Lunatic asylums Punjab 1868-1880 - 1868-1880
Year: 1868
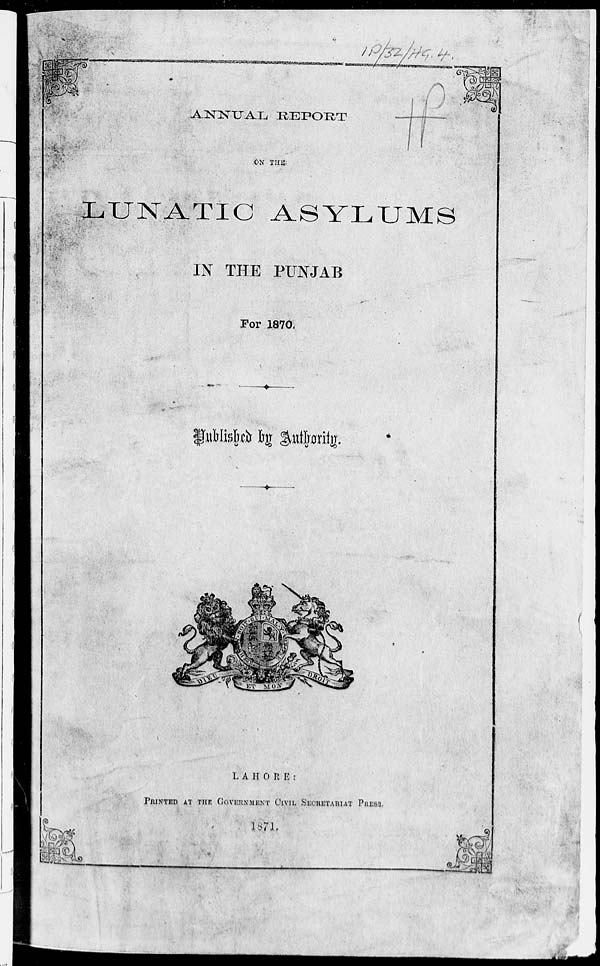
ANNUAL REPORT
ON THE
LUNATIC ASYLUMS
IN THE PUNJAB
For 1870.
Published by Authority.
LAHORE:
PRINTED AT THE GOVERNMENT CIVIL SECRETARIAT PRESS.
1871.